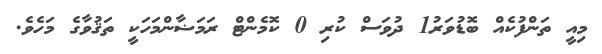
މިއީ ތަންފުކެއް ބޮޑުވަރު1 ދުވަސް ކުރި 0 ކޮމެންޓް ރަމަޟާންމަހަކީ ތަޤުވާގެ މަހެވެ.